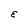
Character: E